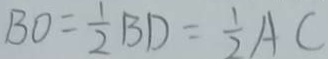
B O = \frac { 1 } { 2 } B D = \frac { 1 } { 2 } A C